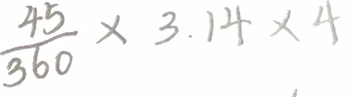
\frac { 4 5 } { 3 6 0 } \times 3 . 1 4 \times 4